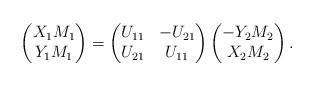
LaTeX: \begin{align*} \begin{pmatrix} X_1 M_1 \\ Y_1 M_1 \end{pmatrix}=\begin{pmatrix}U_{11} & - U_{21} \\U_{21} & U_{11}\end{pmatrix}\begin{pmatrix} - Y_2 M_2 \\ X_2 M_2 \end{pmatrix}. \end{align*}